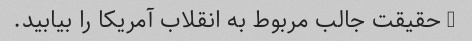
3 حقیقت جالب مربوط به انقلاب آمریکا را بیابید.